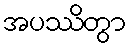
အပဿိတွာ